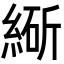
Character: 𬗩